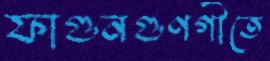
ফাগুনগুণগীতে